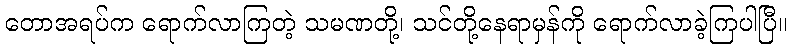
တောအရပ်က ရောက်လာကြတဲ့ သမဏတို့၊ သင်တို့နေရာမှန်ကို ရောက်လာခဲ့ကြပါပြီ။